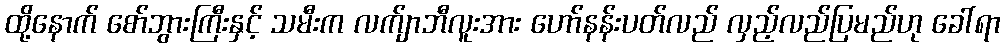
ထို့နောက် စော်ဘွားကြီးနှင့် သမီးက လက်ျာဘီလူးအား ဟော်နန်းပတ်လည် လှည့်လည်ပြမည်ဟု ခေါ်ရာ